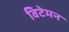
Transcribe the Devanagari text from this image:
विटेमन